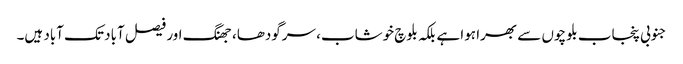
جنوبی پنجاب بلوچوں سے بھرا ہوا ہے بلکہ بلوچ خوشاب، سرگودھا، جھنگ اور فیصل آباد تک آباد ہیں۔